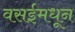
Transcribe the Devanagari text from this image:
वसईमधून